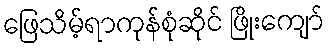
ဖြေသိမ့်ရာကုန်စုံဆိုင် ဖြိုးကျော်